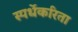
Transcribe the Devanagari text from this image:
स्पर्धेकरिता